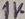
Text: 1K